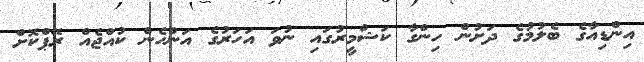
އިންޑިއާގެ ބެލުމުގެ ދަށުން ހިންގާ ކަޝްމީރުގައި ނުވަ އަހަރުގެ އަންހެން ކުއްޖެއް ރޭޕްކޮށް